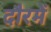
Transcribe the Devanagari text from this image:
दौरमें